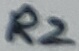
Text: R2